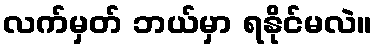
လက်မှတ် ဘယ်မှာ ရနိုင်မလဲ။